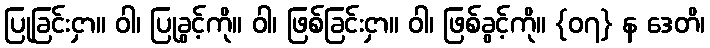
ပြုခြင်းငှာ။ ဝါ၊ ပြုခွင့်ကို။ ဝါ၊ ဖြစ်ခြင်းငှာ။ ဝါ၊ ဖြစ်ခွင့်ကို။ {၀၇} န ဒေတိ၊